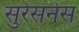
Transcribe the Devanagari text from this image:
सुरेसनेस